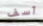
آسف